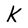
Character: K